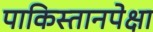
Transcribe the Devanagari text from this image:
पाकिस्तानपेक्षा